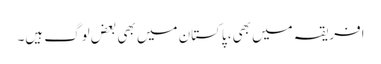
افریقہ میں بھی، پاکستان میں بھی بعض لوگ ہیں۔